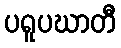
ပရူပဃာတီ